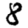
Digit: 8